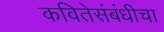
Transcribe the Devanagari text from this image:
कवितेसंबंधीचा